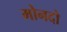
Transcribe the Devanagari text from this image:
मोनदो